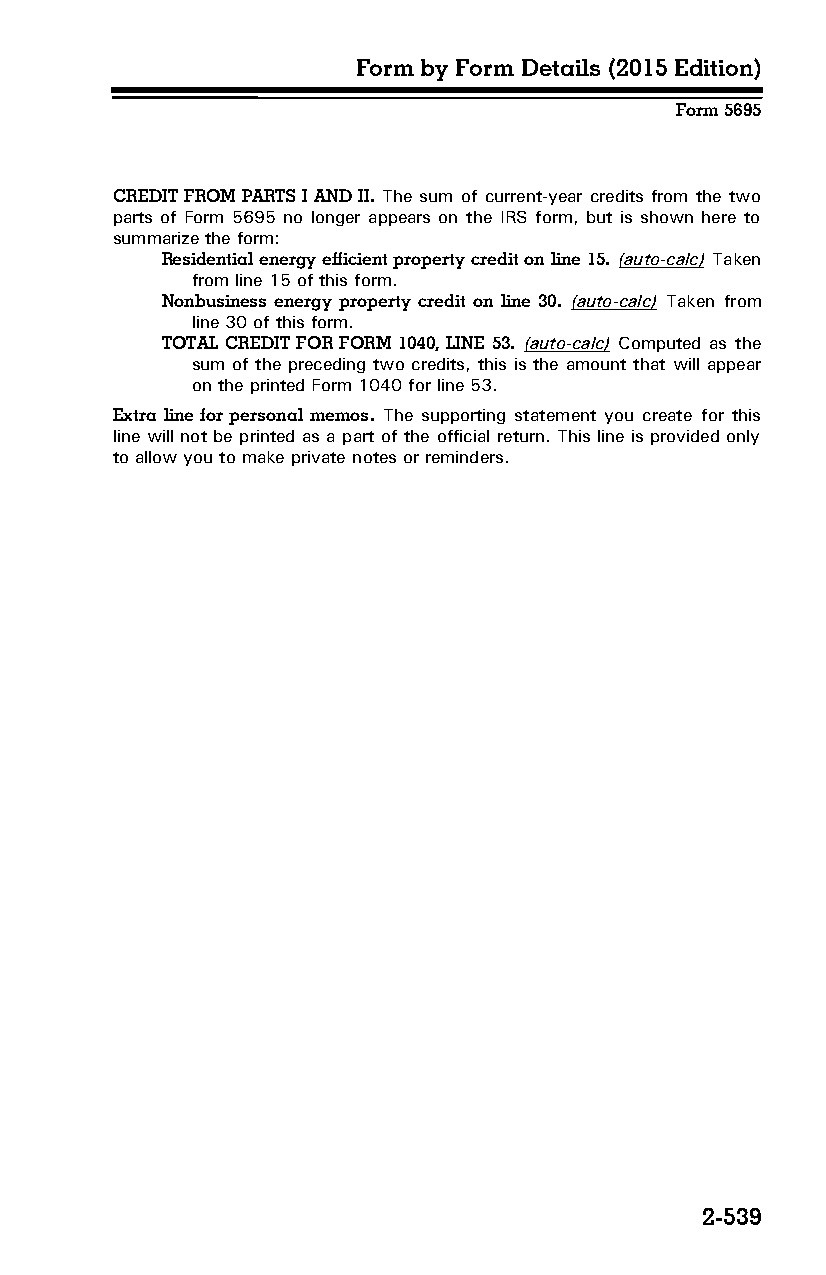
Form by Form Details (2015 Edition)
 Form 5695
 CREDIT FROM PARTS I AND II. The sum of current-year credits from the two
 parts of Form 5695 no longer appears on the IRS form, but is shown here to
 summarize the form:
 Residential energy efficient property credit on line 15. (auto-calc) Taken
 from line 15 of this form.
 Nonbusiness energy property credit on line 30. (auto-calc) Taken from
 line 30 of this form.
 TOTAL CREDIT FOR FORM 1040, LINE 53. (auto-calc) Computed as the
 sum of the preceding two credits, this is the amount that will appear
 on the printed Form 1040 for line 53.
 Extra line for personal memos. The supporting statement you create for this
 line will not be printed as a part of the official return. This line is provided only
 to allow you to make private notes or reminders.
 2-539